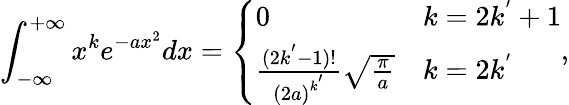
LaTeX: \int_{-\infty}^{+\infty}x^{k}e^{-ax^{2}}dx=\left\{ \begin{array}{ll}{0}&{k=2k^{'}+1}\\ {\frac{(2k^{'}-1)!}{{(2a)}^{k^{'}}}\sqrt{\frac{\pi}{a}}}&{k=2k^{'}}\end{array}\right.,